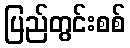
ပြည်တွင်းစစ်